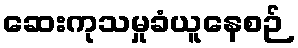
ဆေးကုသမှုခံယူနေစဉ်